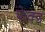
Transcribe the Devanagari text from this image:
फेक्ड